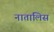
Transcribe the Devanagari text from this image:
नातालिस